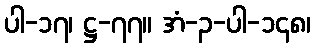
ပါ-၁၇၊ ဋ္ဌ-၇၇။ အံ-၃-ပါ-၁၄၈၊